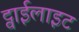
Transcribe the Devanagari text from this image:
ट्वाईलाइट